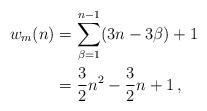
LaTeX: \begin{align*}w_m(n)&=\sum_{\beta=1}^{n-1}(3n-3\beta)+1\\&=\frac{3}{2}n^2-\frac{3}{2}n+1\,,\end{align*}